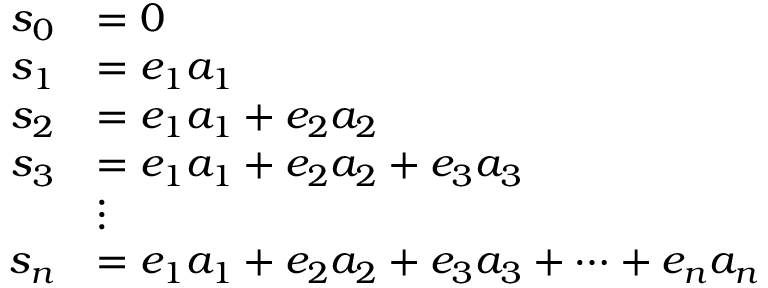
\begin{array} { r l } { s _ { 0 } } & { = 0 } \\ { s _ { 1 } } & { = e _ { 1 } a _ { 1 } } \\ { s _ { 2 } } & { = e _ { 1 } a _ { 1 } + e _ { 2 } a _ { 2 } } \\ { s _ { 3 } } & { = e _ { 1 } a _ { 1 } + e _ { 2 } a _ { 2 } + e _ { 3 } a _ { 3 } } \\ & { \vdots } \\ { s _ { n } } & { = e _ { 1 } a _ { 1 } + e _ { 2 } a _ { 2 } + e _ { 3 } a _ { 3 } + \cdots + e _ { n } a _ { n } } \end{array}